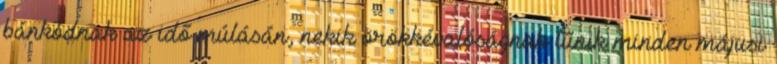
bánkódnak az idő múlásán, nekik örökkévalóságnak tűnik minden májusi